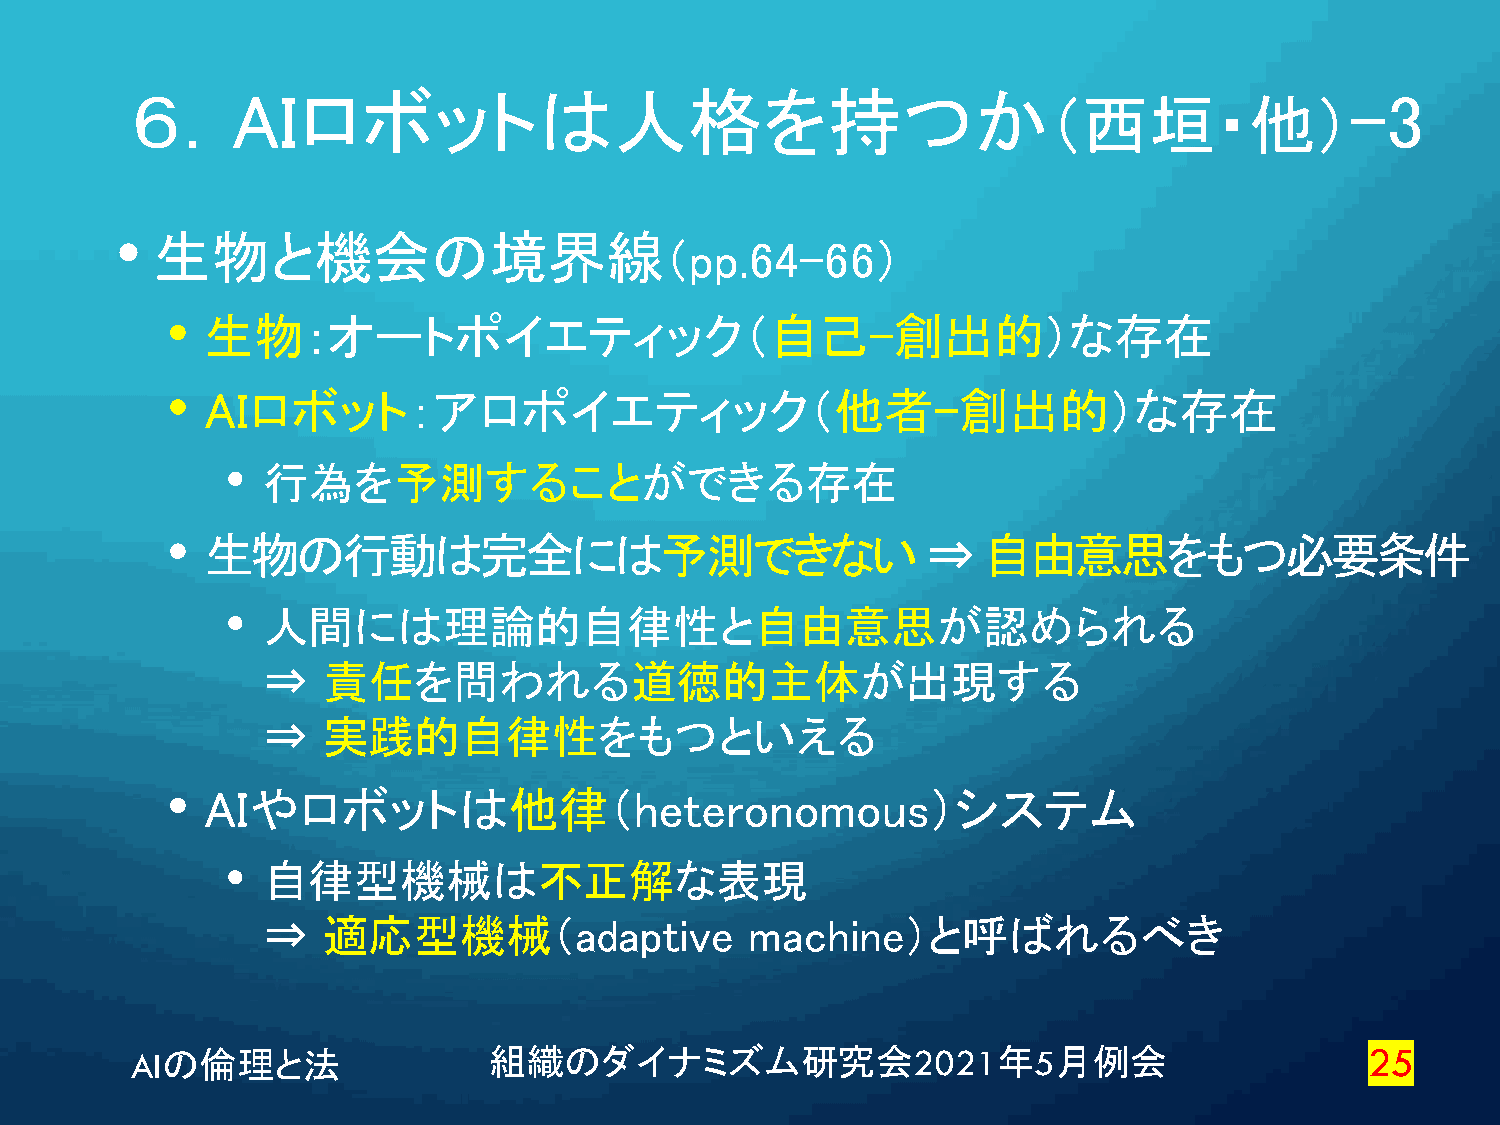
６．AIロボットは人格を持つか                                                                 -3
 （西垣・他）
 •
 生物と機会の境界線
 （pp.64-66）
 •
 生物：オートポイエティック（自己-創出的）な存在
 •
 AIロボット：アロポイエティック（他者-創出的）な存在
 • 行為を予測することができる存在
 •
 生物の行動は完全には予測できない                               ⇒   自由意思をもつ必要条件
 • 人間には理論的自律性と自由意思が認められる
 ⇒   責任を問われる道徳的主体が出現する
 ⇒   実践的自律性をもつといえる
 •
 AIやロボットは他律（heteronomous）システム
 • 自律型機械は不正解な表現
 ⇒   適応型機械（adaptive               machine）と呼ばれるべき
 AIの倫理と法                組織のダイナミズム研究会2021年5月例会                                      25